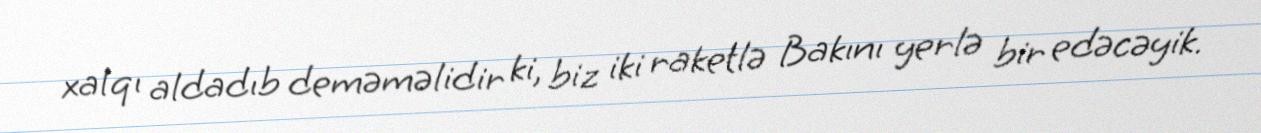
xalqı aldadıb deməməlidir ki, biz iki raketlə Bakını yerlə bir edəcəyik.